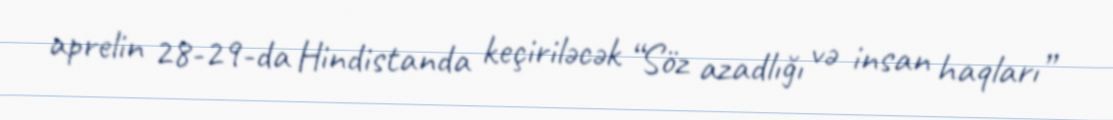
aprelin 28-29-da Hindistanda keçiriləcək “Söz azadlığı və insan haqları”